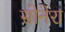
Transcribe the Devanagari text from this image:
सोनेरा